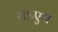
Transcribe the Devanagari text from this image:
यऽएव